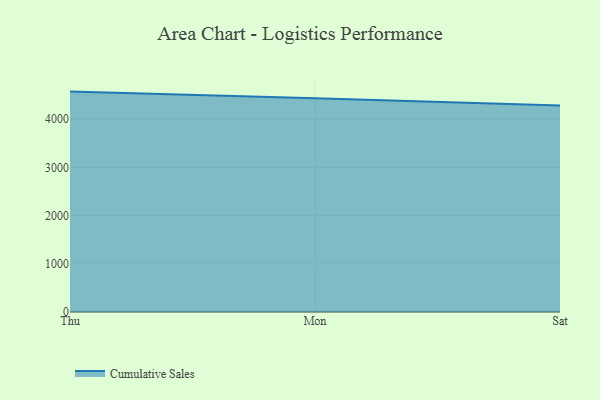
{"axis": {"x": "Day", "y": "Conversion Rate (%)"}, "legend": ["Cumulative Sales"], "data": [{"x": "Thu", "y": 4573.3, "type": "Cumulative Sales"}, {"x": "Mon", "y": 4437.2, "type": "Cumulative Sales"}, {"x": "Sat", "y": 4284.7, "type": "Cumulative Sales"}]}